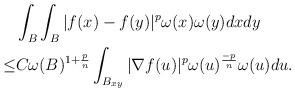
LaTeX: \begin{align*}&\int_B\int_B|f(x)-f(y)|^p \omega(x)\omega(y)dxdy\\\leq & C\omega(B)^{1+\frac{p}{n}} \int_{B_{xy}} |\nabla f(u)|^p \omega(u)^{\frac{-p}{n}} \omega(u)du .\\\end{align*}